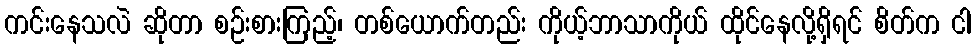
ကင်းနေသလဲ ဆိုတာ စဉ်းစားကြည့်၊ တစ်ယောက်တည်း ကိုယ့်ဘာသာကိုယ် ထိုင်နေလို့ရှိရင် စိတ်က ငါ